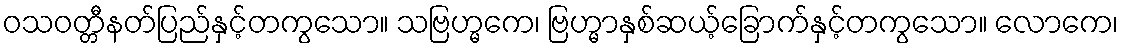
ဝသဝတ္တီနတ်ပြည်နှင့်တကွသော။ သဗြဟ္မကေ၊ ဗြဟ္မာနှစ်ဆယ့်ခြောက်နှင့်တကွသော။ လောကေ၊